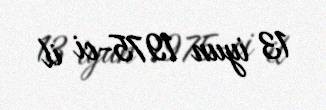
13 iyun 1975-ci il